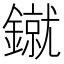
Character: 𰽌